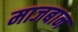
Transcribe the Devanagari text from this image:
माजबान